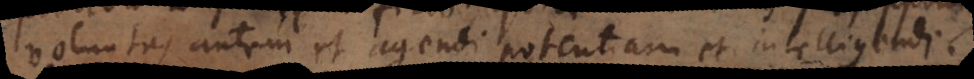
voluntas autem et agendi potentiam et intelligendi,